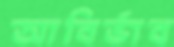
আবির্ভাব